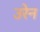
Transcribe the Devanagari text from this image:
उरेन